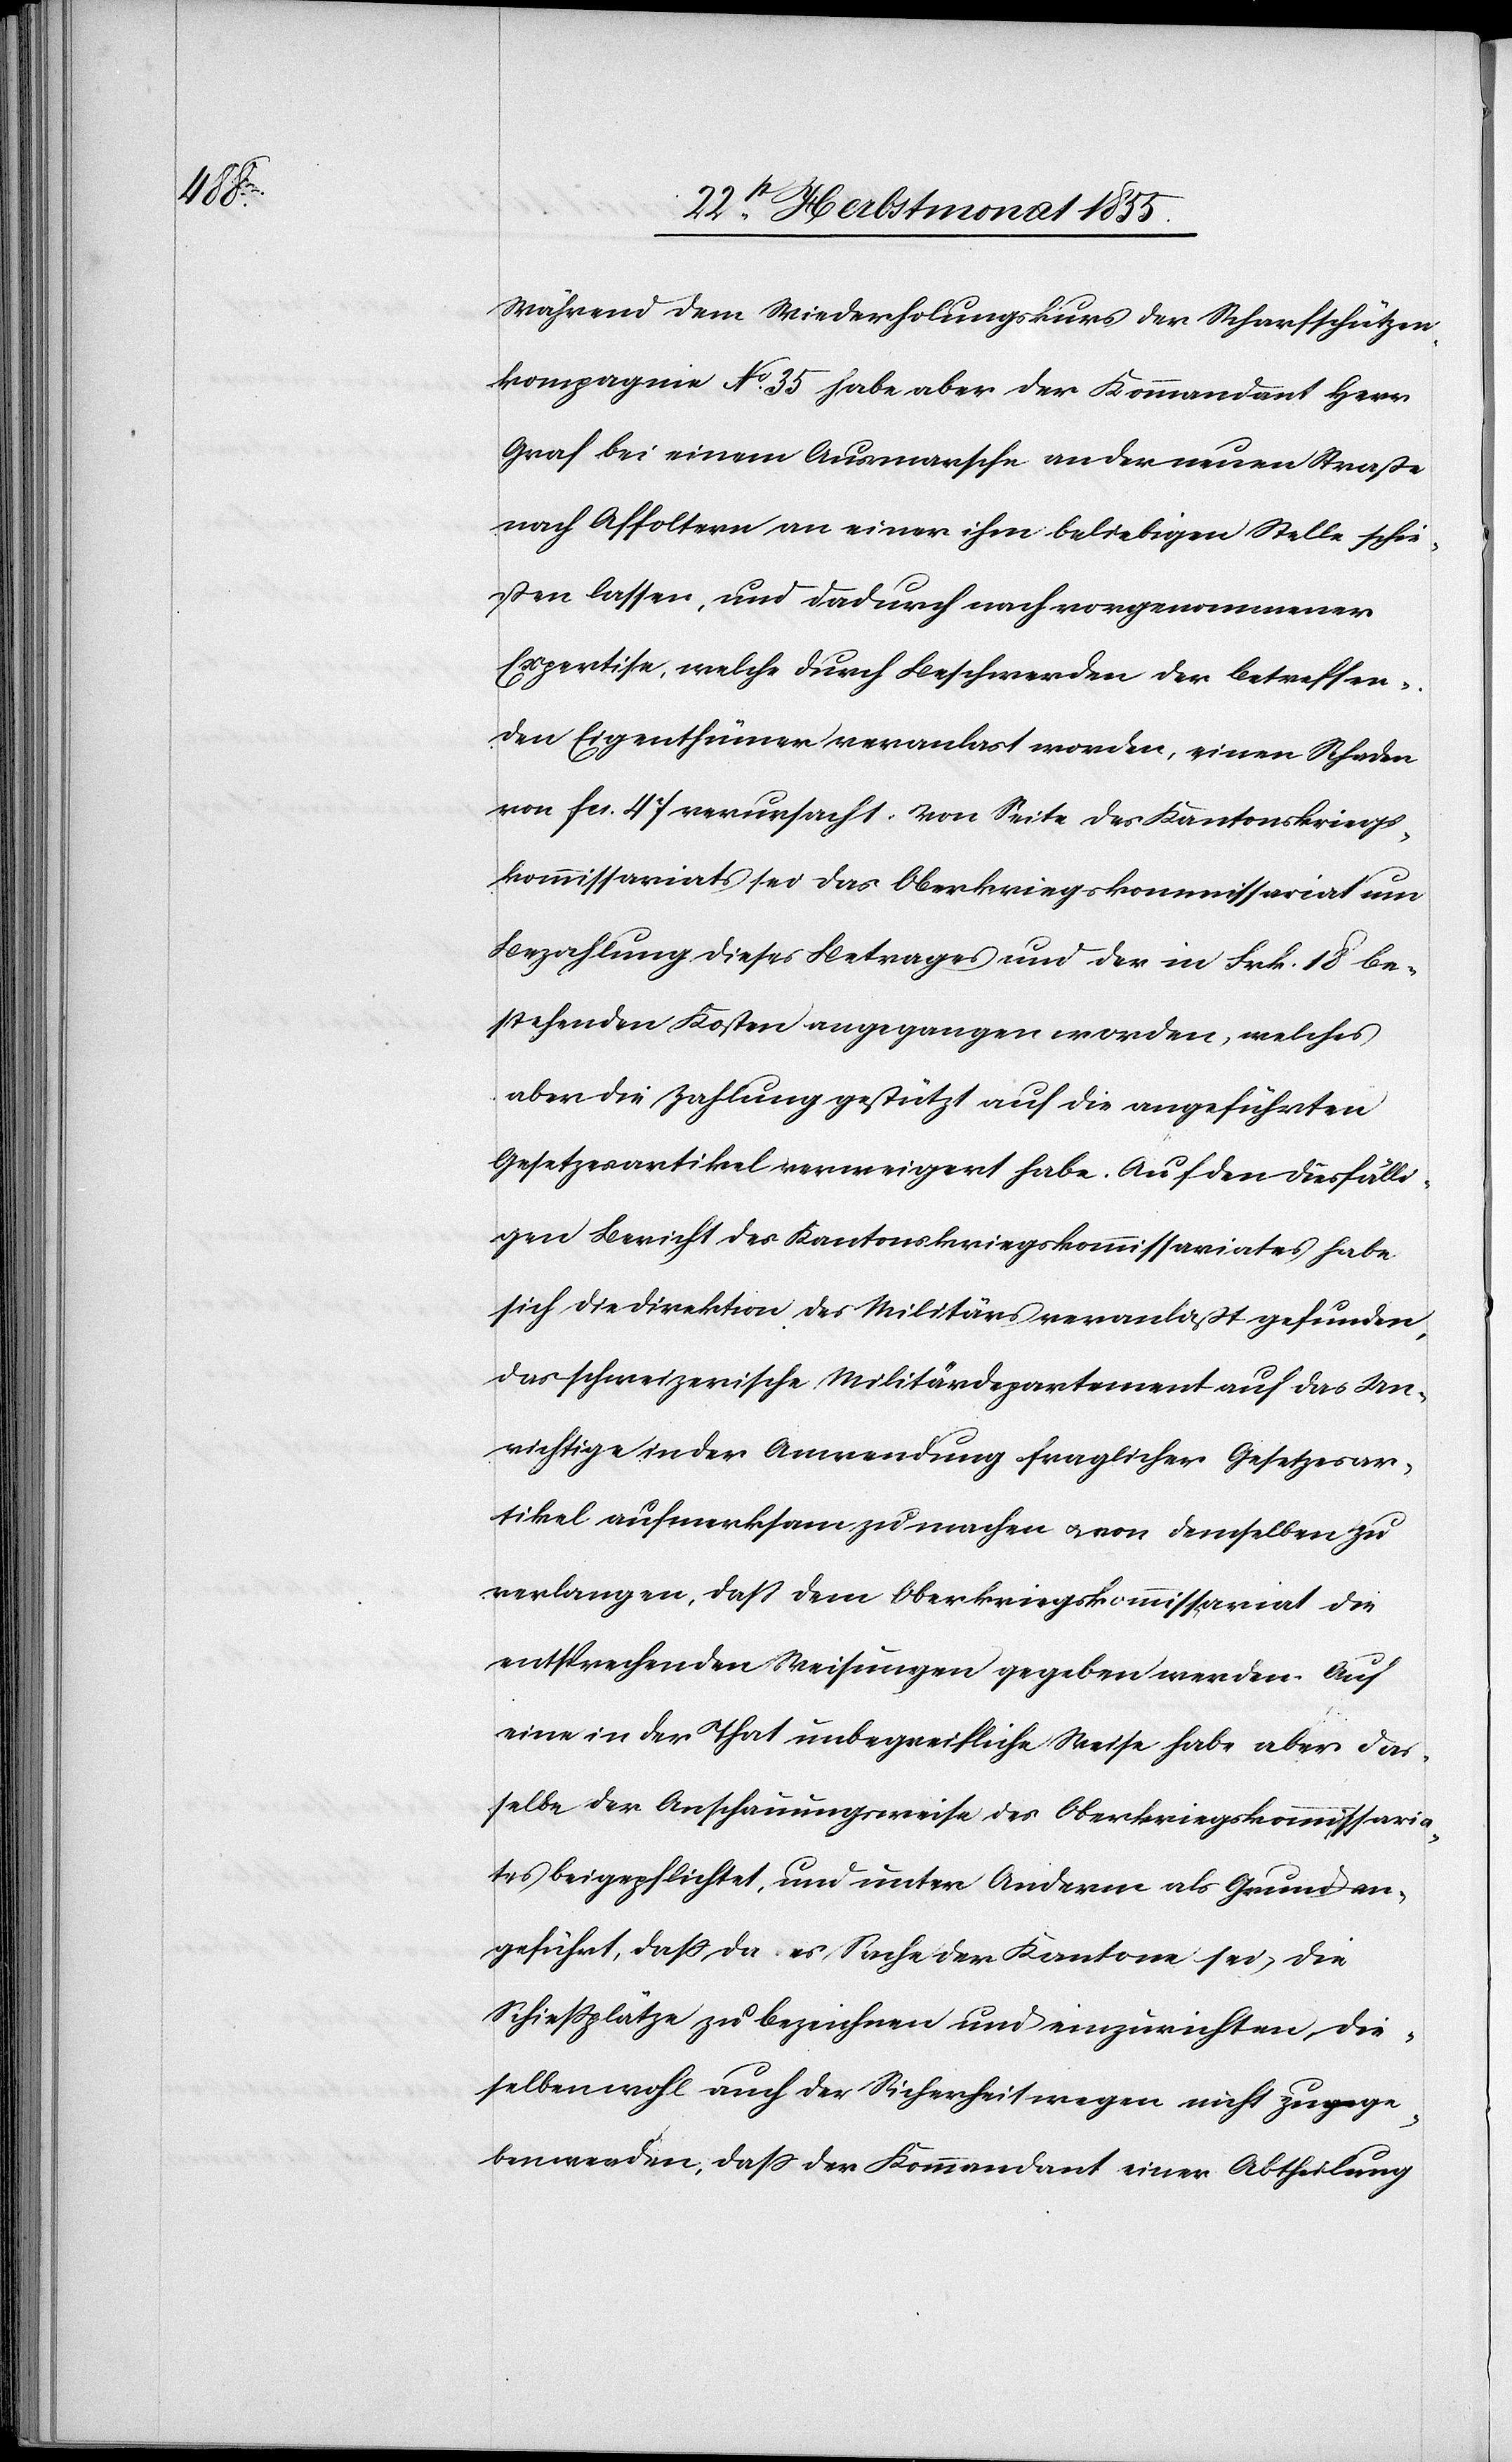
Während dem Wiederholungskurs der Scharfschützen¬
kompagnie No. 35 habe aber der Kommandant Herr
Graf bei einem Ausmarsche an der neuen Straße
nach Affoltern an einer ihm beliebigen Stelle schie¬
ßen lassen, und dadurch nach vorgenommener
Expertise, welche durch Beschwerden der betreffen¬
den Eigenthümer veranlas[s]t worden, einen Schaden
von Fcs. 47 verursacht. Von Seite des Kantonskriegs¬
kommissariats sei das Oberkriegskommissariat um
Bezahlung dieses Betrages und der in Frk. 18 be¬
stehenden Kosten angegangen worden, welches
aber die Zahlung gestützt auf die angeführten
Gesetzesartikel verweigert habe. Auf den diesfälli¬
gen Bericht des Kantonskriegskommissariates habe
sich die Direktion des Militärs veranlaßt gefunden,
das schweizerische Militärdepartement auf das Un¬
richtige in der Anwendung fraglicher Gesetzesar¬
tikel aufmerksam zu machen & von demselben zu
verlangen, daß dem Oberkriegskommissariat die
entsprechenden Weisungen gegeben werden. Auf
eine in der That unbegreifliche Weise habe aber das¬
selbe der Anschauungsweise des Oberkriegskommissaria¬
tes beigepflichtet, und unter Anderm als Grund an¬
geführt, daß, da es Sache der Kantone sei, die
Schießplätze zu bezeichnen und einzurichten, die¬
selben wohl auch der Sicherheit wegen nicht zua-ge-age¬
ben werden, dass der Kommandant einer Abtheilung